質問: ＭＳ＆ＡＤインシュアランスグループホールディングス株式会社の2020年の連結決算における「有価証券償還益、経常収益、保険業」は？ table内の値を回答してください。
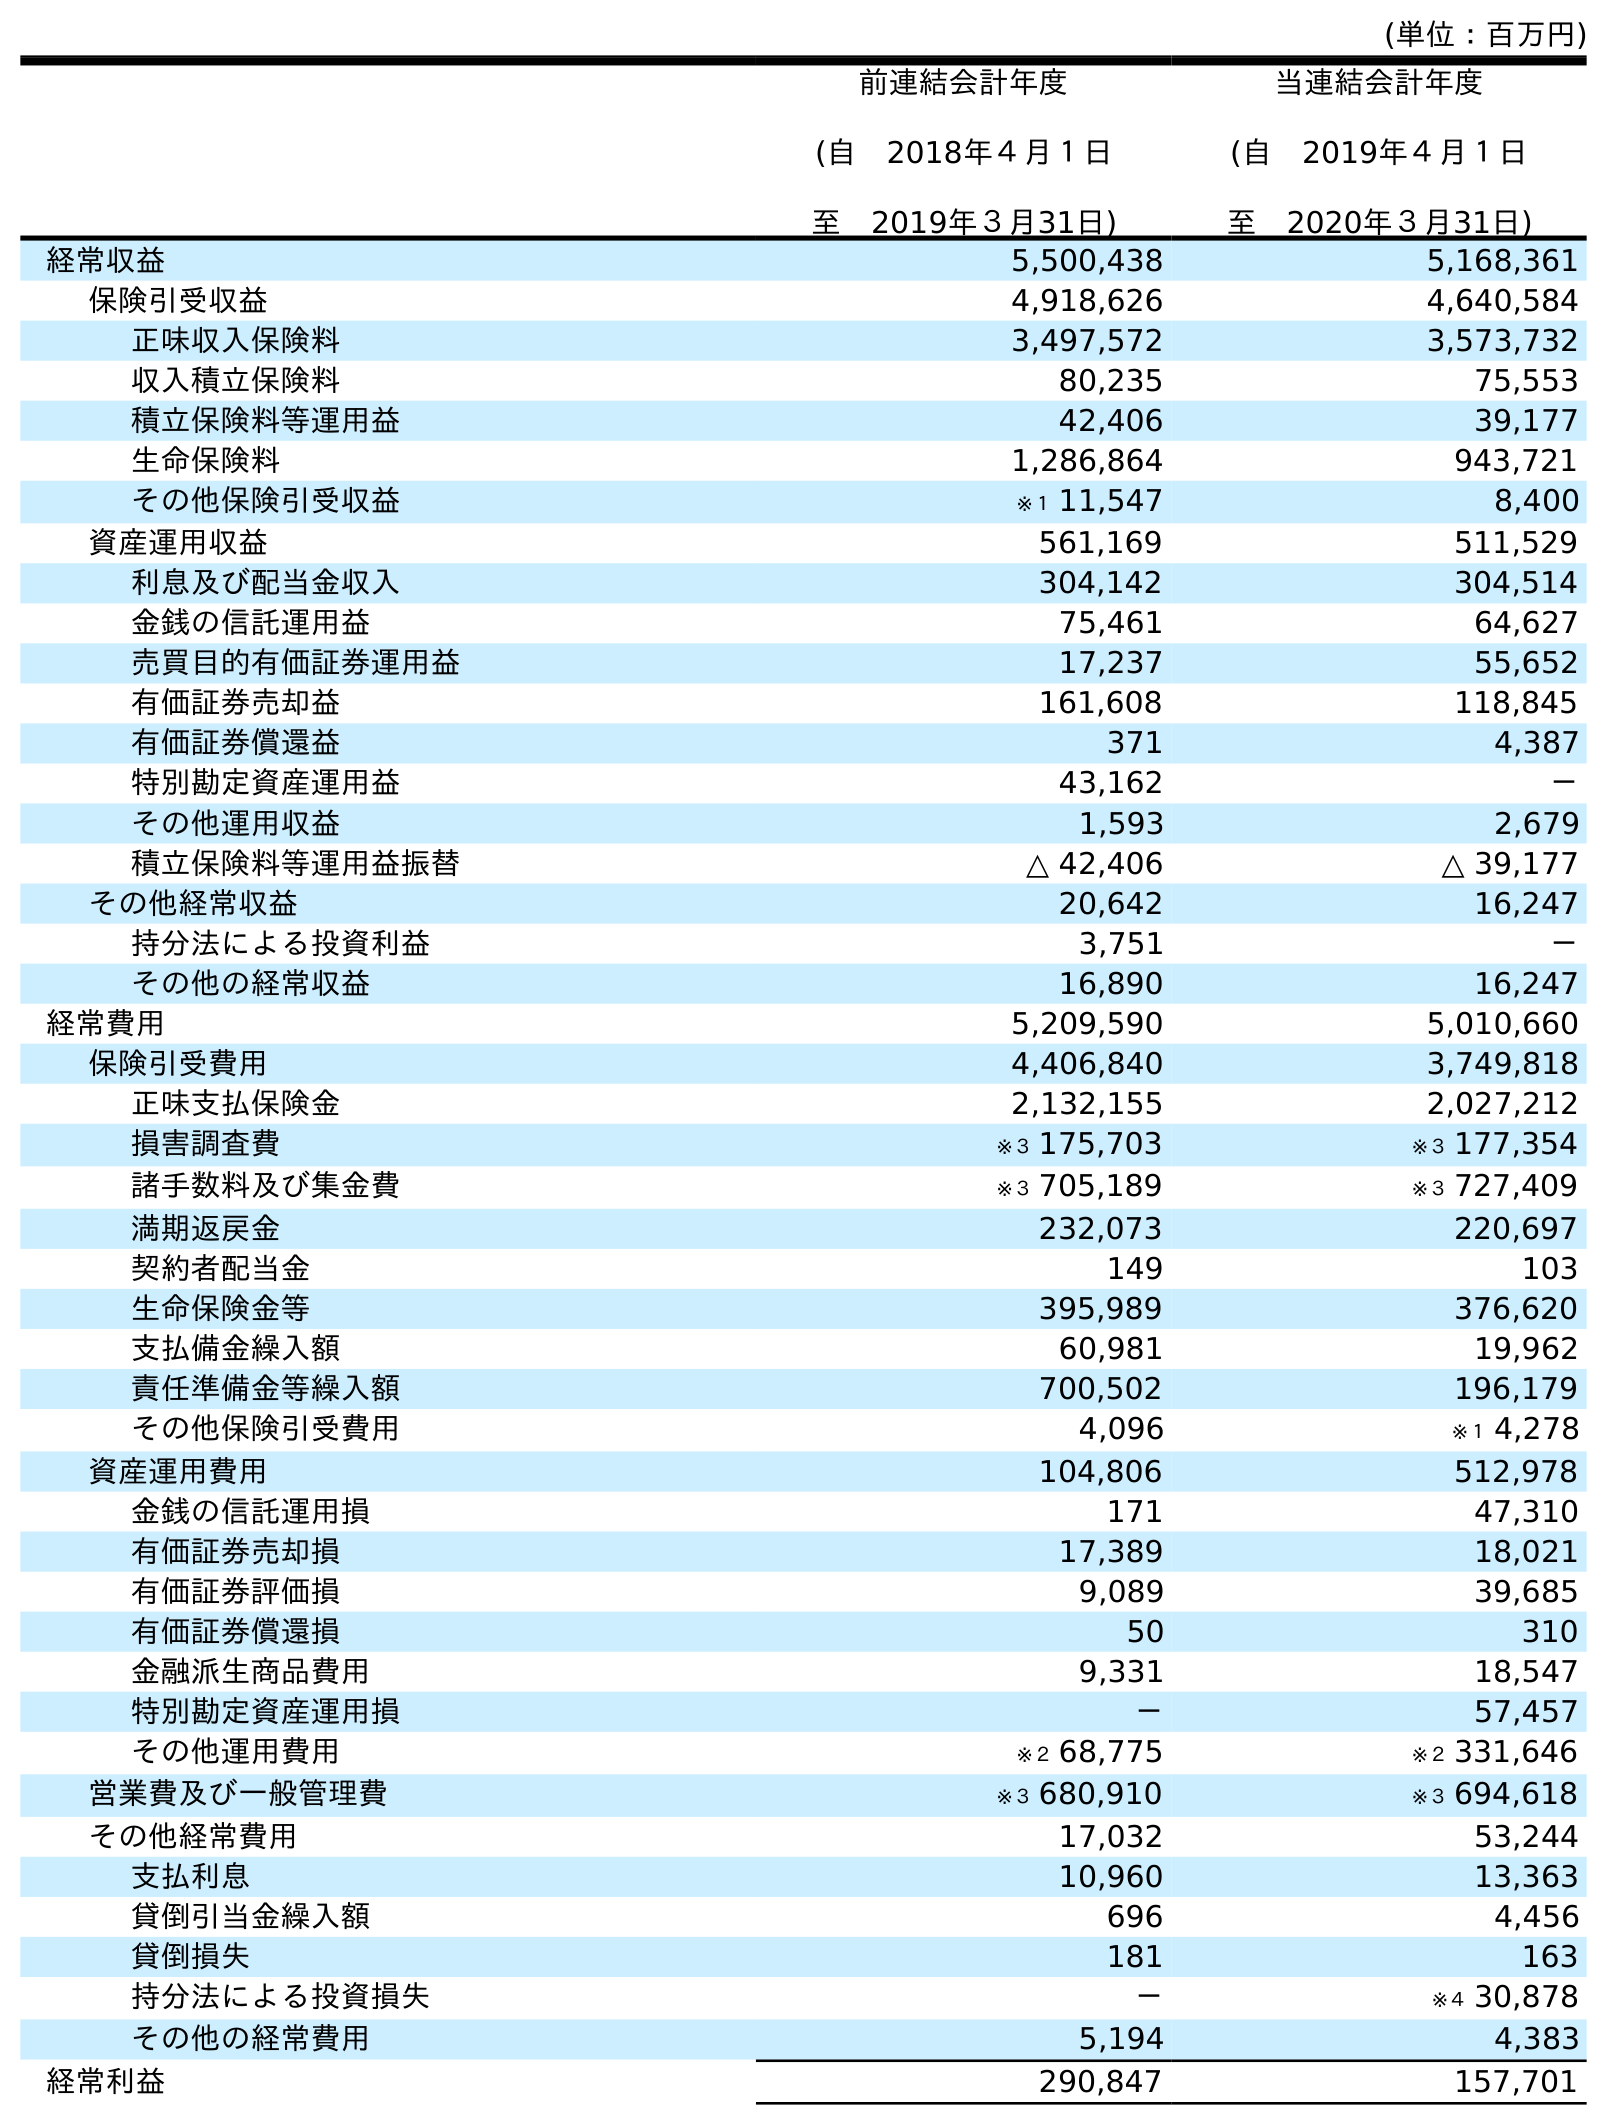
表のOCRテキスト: (単位：百万円) 前連結会計年度 (自 2018年４月１日 至 2019年３月31日) 当連結会計年度 (自 2019年４月１日 至 2020年３月31日) 経常収益 5,500,438 5,168,361 保険引受収益 4,918,626 4,640,584 正味収入保険料 3,497,572 3,573,732 収入積立保険料 80,235 75,553 積立保険料等運用益 42,406 39,177 生命保険料 1,286,864 943,721 その他保険引受収益 ※１ 11,547 8,400 資産運用収益 561,169 511,529 利息及び配当金収入 304,142 304,514 金銭の信託運用益 75,461 64,627 売買目的有価証券運用益 17,237 55,652 有価証券売却益 161,608 118,845 有価証券償還益 371 4,387 特別勘定資産運用益 43,162 － その他運用収益 1,593 2,679 積立保険料等運用益振替 △ 42,406 △ 39,177 その他経常収益 20,642 16,247 持分法による投資利益 3,751 － その他の経常収益 16,890 16,247 経常費用 5,209,590 5,010,660 保険引受費用 4,406,840 3,749,818 正味支払保険金 2,132,155 2,027,212 損害調査費 ※３ 175,703 ※３ 177,354 諸手数料及び集金費 ※３ 705,189 ※３ 727,409 満期返戻金 232,073 220,697 契約者配当金 149 103 生命保険金等 395,989 376,620 支払備金繰入額 60,981 19,962 責任準備金等繰入額 700,502 196,179 その他保険引受費用 4,096 ※１ 4,278 資産運用費用 104,806 512,978 金銭の信託運用損 171 47,310 有価証券売却損 17,389 18,021 有価証券評価損 9,089 39,685 有価証券償還損 50 310 金融派生商品費用 9,331 18,547 特別勘定資産運用損 － 57,457 その他運用費用 ※２ 68,775 ※２ 331,646 営業費及び一般管理費 ※３ 680,910 ※３ 694,618 その他経常費用 17,032 53,244 支払利息 10,960 13,363 貸倒引当金繰入額 696 4,456 貸倒損失 181 163 持分法による投資損失 － ※４ 30,878 その他の経常費用 5,194 4,383 経常利益 290,847 157,701
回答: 4,387